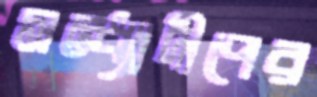
সন্ধ্যাদীপের